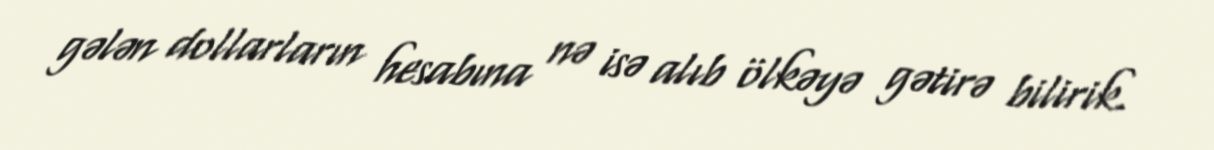
gələn dollarların hesabına nə isə alıb ölkəyə gətirə bilirik.